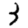
Digit: 3